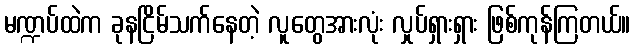
မဏ္ဍပ်ထဲက ခုနငြိမ်သက်နေတဲ့ လူတွေအားလုံး လှုပ်ရှားရှား ဖြစ်ကုန်ကြတယ်။